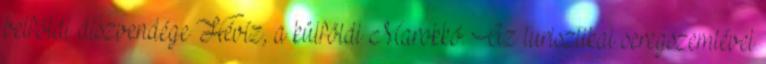
belföldi díszvendége Hévíz, a külföldi Marokkó. Az turisztikai seregszemlével